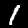
Label: 1